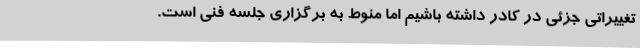
تغییراتی جزئی در کادر داشته باشیم اما منوط به برگزاری جلسه فنی است.